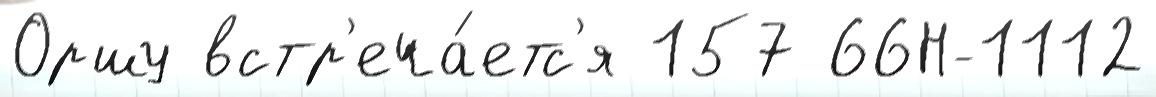
Оршу встр'еча́етс'я 157 66Н-1112